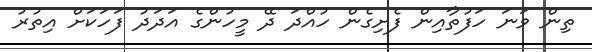
ތިން ވަނަ ހަފުތާއިން ފެށިގެން ހުއްދަ ދޭ މީހުންގެ އަދަދު ފަހަކަށް އިތުރު